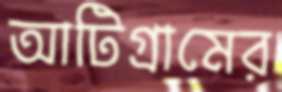
আটিগ্রামের